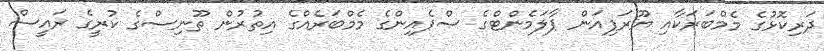
ދަރިކޮޅުގެ މެމްބަރަކާއި ޔޫރަޕިއަން ޕާލަމެންޓްގެ ސްޕެއިންގެ މެމްބަރެއްގެ އިތުރުން ތޫނިސްގެ ކުރީގެ ރައީސް